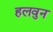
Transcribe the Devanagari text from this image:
हलवुन